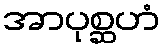
အာပုစ္ဆဟံ